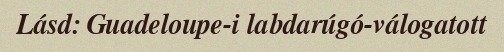
Lásd: Guadeloupe-i labdarúgó-válogatott